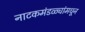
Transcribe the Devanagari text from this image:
नाटकमंडळ्यांमधून